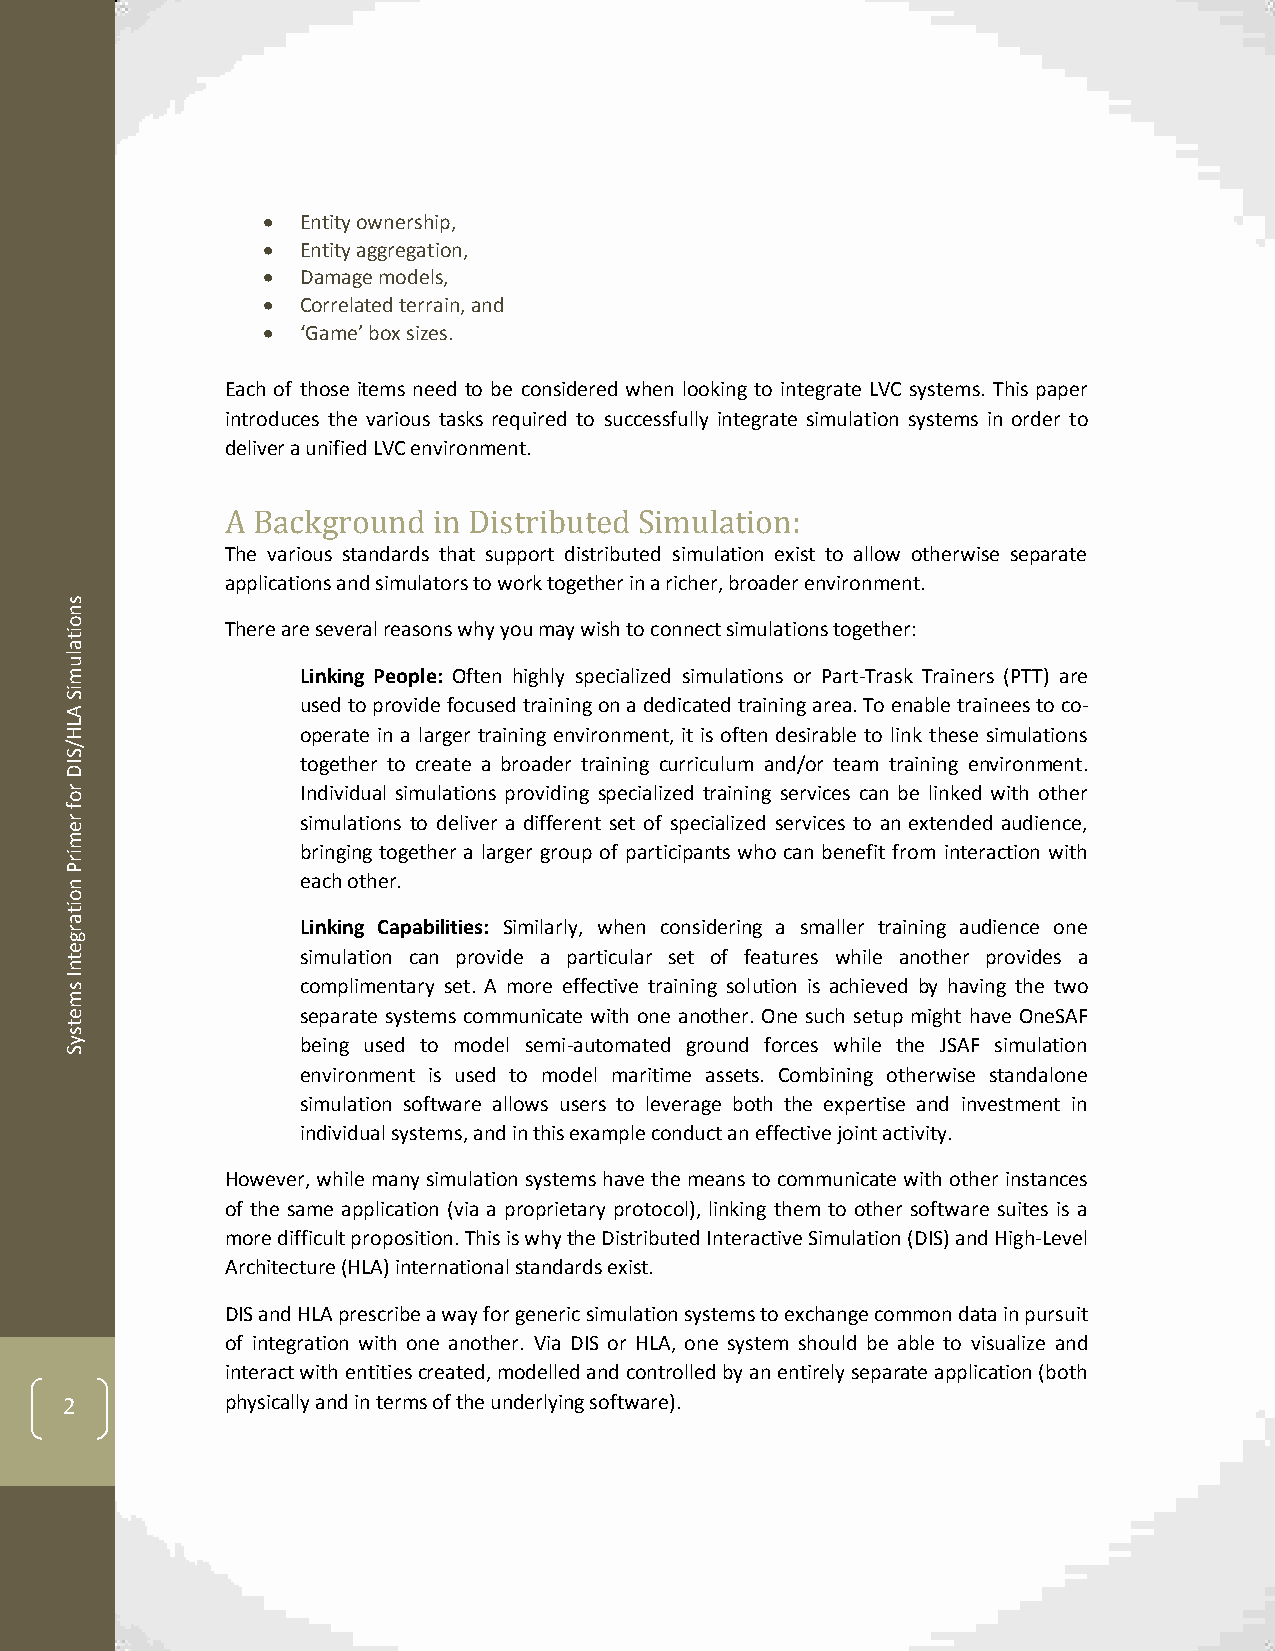
  Entity ownership,
   Entity aggregation,
   Damage models,
   Correlated terrain, and
   ‘Game’ box sizes.
 Each of those items need to be considered when looking to integrate LVC systems. This paper
 introduces the various tasks required to successfully integrate simulation systems in order to
 deliver a unified LVC environment.
 A Background  in Distributed Simulation:
 The various standards that support distributed simulation exist to allow otherwise separate
 applications and simulators to work together in a richer, broader environment.
 s
 n
 o          There are several reasons why you may wish to connect simulations together:
 it
 a
 lu
 m               Linking People: Often highly specialized simulations or Part-Trask Trainers (PTT) are
 iS
 A
 used to provide focused training on a dedicated training area. To enable trainees to co-
 L
 H               operate in a larger training environment, it is often desirable to link these simulations
 /
 S
 ID              together to create a broader training curriculum and/or team training environment.
 r o             Individual simulations providing specialized training services can be linked with other
 f
 r               simulations to deliver a different set of specialized services to an extended audience,
 e
 m
 bringing together a larger group of participants who can benefit from interaction with
 ir
 P
 n               each other.
 o
 it
 a r             Linking Capabilities: Similarly, when considering a smaller training audience one
 g
 e t             simulation can provide a particular set of features while another provides a
 n
 I s             complimentary set. A more effective training solution is achieved by having the two
 m
 e               separate systems communicate with one another. One such setup might have OneSAF
 t
 s
 y               being used to model semi-automated ground forces while the JSAF simulation
 S
 environment is used to model maritime assets. Combining otherwise standalone
 simulation software allows users to leverage both the expertise and investment in
 individual systems, and in this example conduct an effective joint activity.
 However, while many simulation systems have the means to communicate with other instances
 of the same application (via a proprietary protocol), linking them to other software suites is a
 more difficult proposition. This is why the Distributed Interactive Simulation (DIS) and High-Level
 Architecture (HLA) international standards exist.
 DIS and HLA prescribe a way for generic simulation systems to exchange common data in pursuit
 of integration with one another. Via DIS or HLA, one system should be able to visualize and
 interact with entities created, modelled and controlled by an entirely separate application (both
 2          physically and in terms of the underlying software).